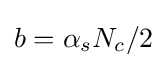
b=\alpha _{s}N_{c}/2